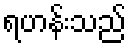
ရဟန်းသည်